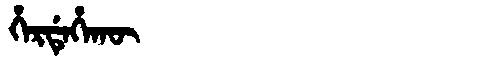
Manchu: ᡥᡝᡵᡩᡝᡥᠠᡴᡡ
Romanization: HERDEHAKŪ